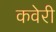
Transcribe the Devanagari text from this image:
कवेरी